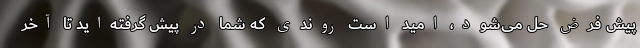
پیش فرض حل می‌شود، امید است روندی که شما در پیش گرفته‌اید تا آخر